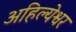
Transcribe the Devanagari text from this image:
अहिल्येश्वर